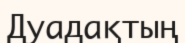
Дуадақтың